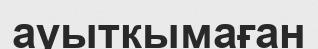
ауыткымаған